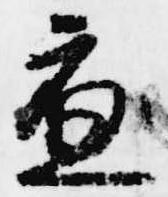
應